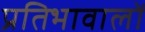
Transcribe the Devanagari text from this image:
प्रतिभावालों